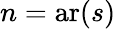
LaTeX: n=\operatorname{ar}(s)